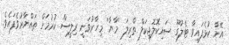
އޭނާ ކުޅެފައިވާ ޓެލުގޫ ސައިކޮލޮޖިކަލް ތްރިލަ ''މާޔާ'' މިހާރުވަނީ ރިލީސް ކުރުމަށް ތައްޔާރުވެފައެވެ.